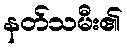
နတ်သမီး၏